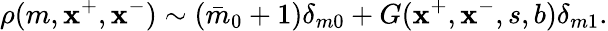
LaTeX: \rho(m,\mathbf{x}^{+},\mathbf{x}^{-})\sim(\bar{{m}}_{0}+1)\delta_{m0}+G(\mathbf{x}^{+},\mathbf{x}^{-},s,b)\delta_{m1}.